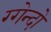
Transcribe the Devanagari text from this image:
ग्गेन्दो